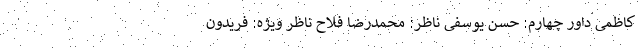
کاظمی داور چهارم: حسن یوسفی ناظر: محمدرضا فلاح ناظر ویژه: فریدون